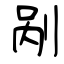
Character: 剐